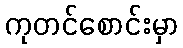
ကုတင်စောင်းမှာ